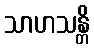
သာဟသန္တိ